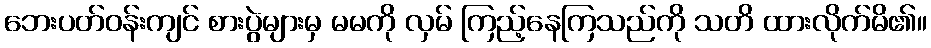
ဘေးပတ်ဝန်းကျင် စားပွဲများမှ မမကို လှမ် ကြည့်နေကြသည်ကို သတိ ထားလိုက်မိ၏။